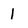
Character: 1